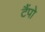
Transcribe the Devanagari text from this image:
टैंपो